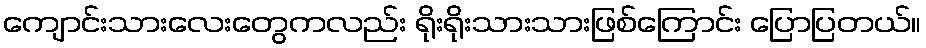
ကျောင်းသားလေးတွေကလည်း ရိုးရိုးသားသားဖြစ်ကြောင်း ပြောပြတယ်။